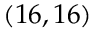
( 1 6 , 1 6 )